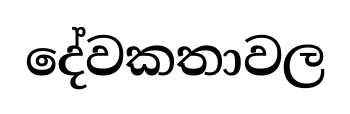
දේවකතාවල